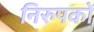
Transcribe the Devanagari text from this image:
निरुपकों